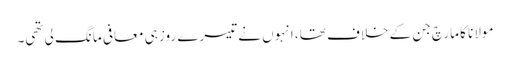
مولانا کا مارچ جن کے خلاف تھا، انہوں نے تیسرے روز ہی معافی مانگ لی تھی۔